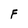
Character: F